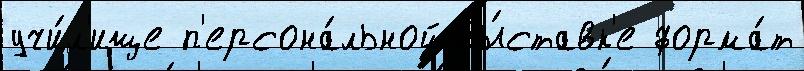
учи́л'ище п'ерсона́льной вы́ставк'е форма́т